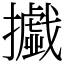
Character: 㩬